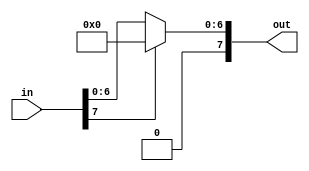
// ==============================================================
// RELU
// ==============================================================

module relu #(parameter I_WIDTH = 8, O_WIDTH = 8)
             (input  [I_WIDTH-1:0] in,
              output [O_WIDTH-1:0] out);

assign out = in[I_WIDTH-1] ? 0 : in;

endmodule